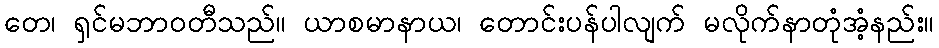
တေ၊ ရှင်မဘာဝတီသည်။ ယာစမာနာယ၊ တောင်းပန်ပါလျက် မလိုက်နာတုံအံ့နည်း။